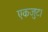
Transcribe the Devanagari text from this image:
एकजुट।